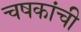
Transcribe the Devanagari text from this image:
चषकांची